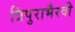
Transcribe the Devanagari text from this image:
त्रिपुराभैरवी